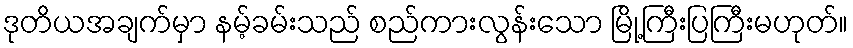
ဒုတိယအချက်မှာ နမ့်ခမ်းသည် စည်ကားလွန်းသော မြို့ကြီးပြကြီးမဟုတ်။